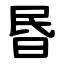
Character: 昬